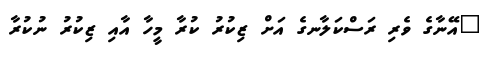
"އޭނާގެ ވެރި ރަސްކަލާނގެ އަށް ޒިކުރު ކުރާ މީހާ އާއި ޒިކުރު ނުކުރާ